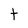
Character: t